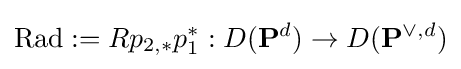
\operatorname {Rad} :=Rp_{2,*}p_{1}^{*}:D(\mathbf {P} ^{d})\to D(\mathbf {P} ^{\vee ,d})